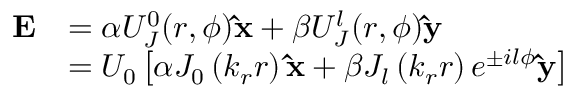
\begin{array} { r l } { \mathbf { E } } & { = \alpha U _ { J } ^ { 0 } ( r , \phi ) \mathbf { \hat { x } } + \beta U _ { J } ^ { l } ( r , \phi ) \mathbf { \hat { y } } } \\ & { = U _ { 0 } \left[ \alpha J _ { 0 } \left( k _ { r } r \right) \mathbf { \hat { x } } + \beta J _ { l } \left( k _ { r } r \right) e ^ { \pm i l \phi } \mathbf { \hat { y } } \right] } \end{array}